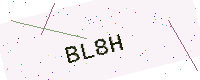
Text: BL8H